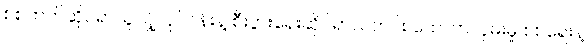
စစ်ဘက်ဆိုင်ရာသူလျှိုလုပ်ငန်းနဲ့ စီးပွားရေးဆိုင်ရာသတင်း ထောက်လှမ်းမှု စစ်ရေးနဲ့